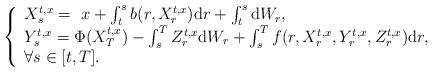
LaTeX: \begin{align*} \left\{\begin{array}{l} X_s^{t,x} =\ x + \int_t^s b(r,X_r^{t,x}) \mathrm dr +\int_t^s \mathrm dW_r,\\ Y_s^{t,x} = \Phi( X_T^{t,x}) - \int_s^T Z_r^{t,x} \mathrm dW_r + \int_s^T f(r,X_r^{t,x}, Y_r^{t,x},Z_r^{t,x}) \mathrm dr,\\ \forall s\in[t,T]. \end{array}\right.\end{align*}